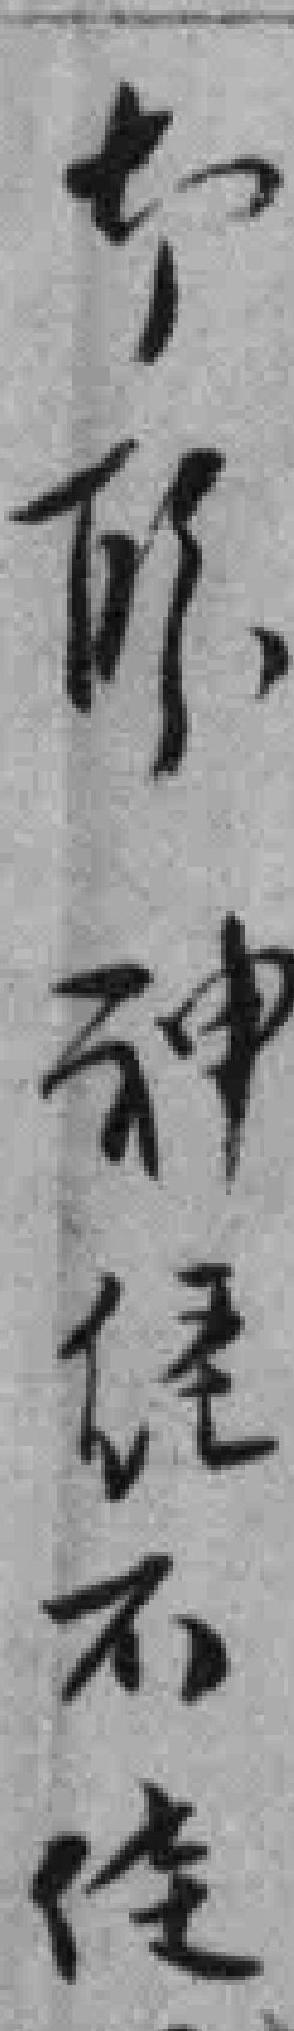
**神経不佳